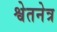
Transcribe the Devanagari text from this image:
श्वेतनेत्र